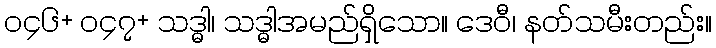
၀၄၆+ ၀၄၇+ သဒ္ဓါ၊ သဒ္ဓါအမည်ရှိသော။ ဒေဝီ၊ နတ်သမီးတည်း။